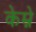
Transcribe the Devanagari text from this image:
केम्ने